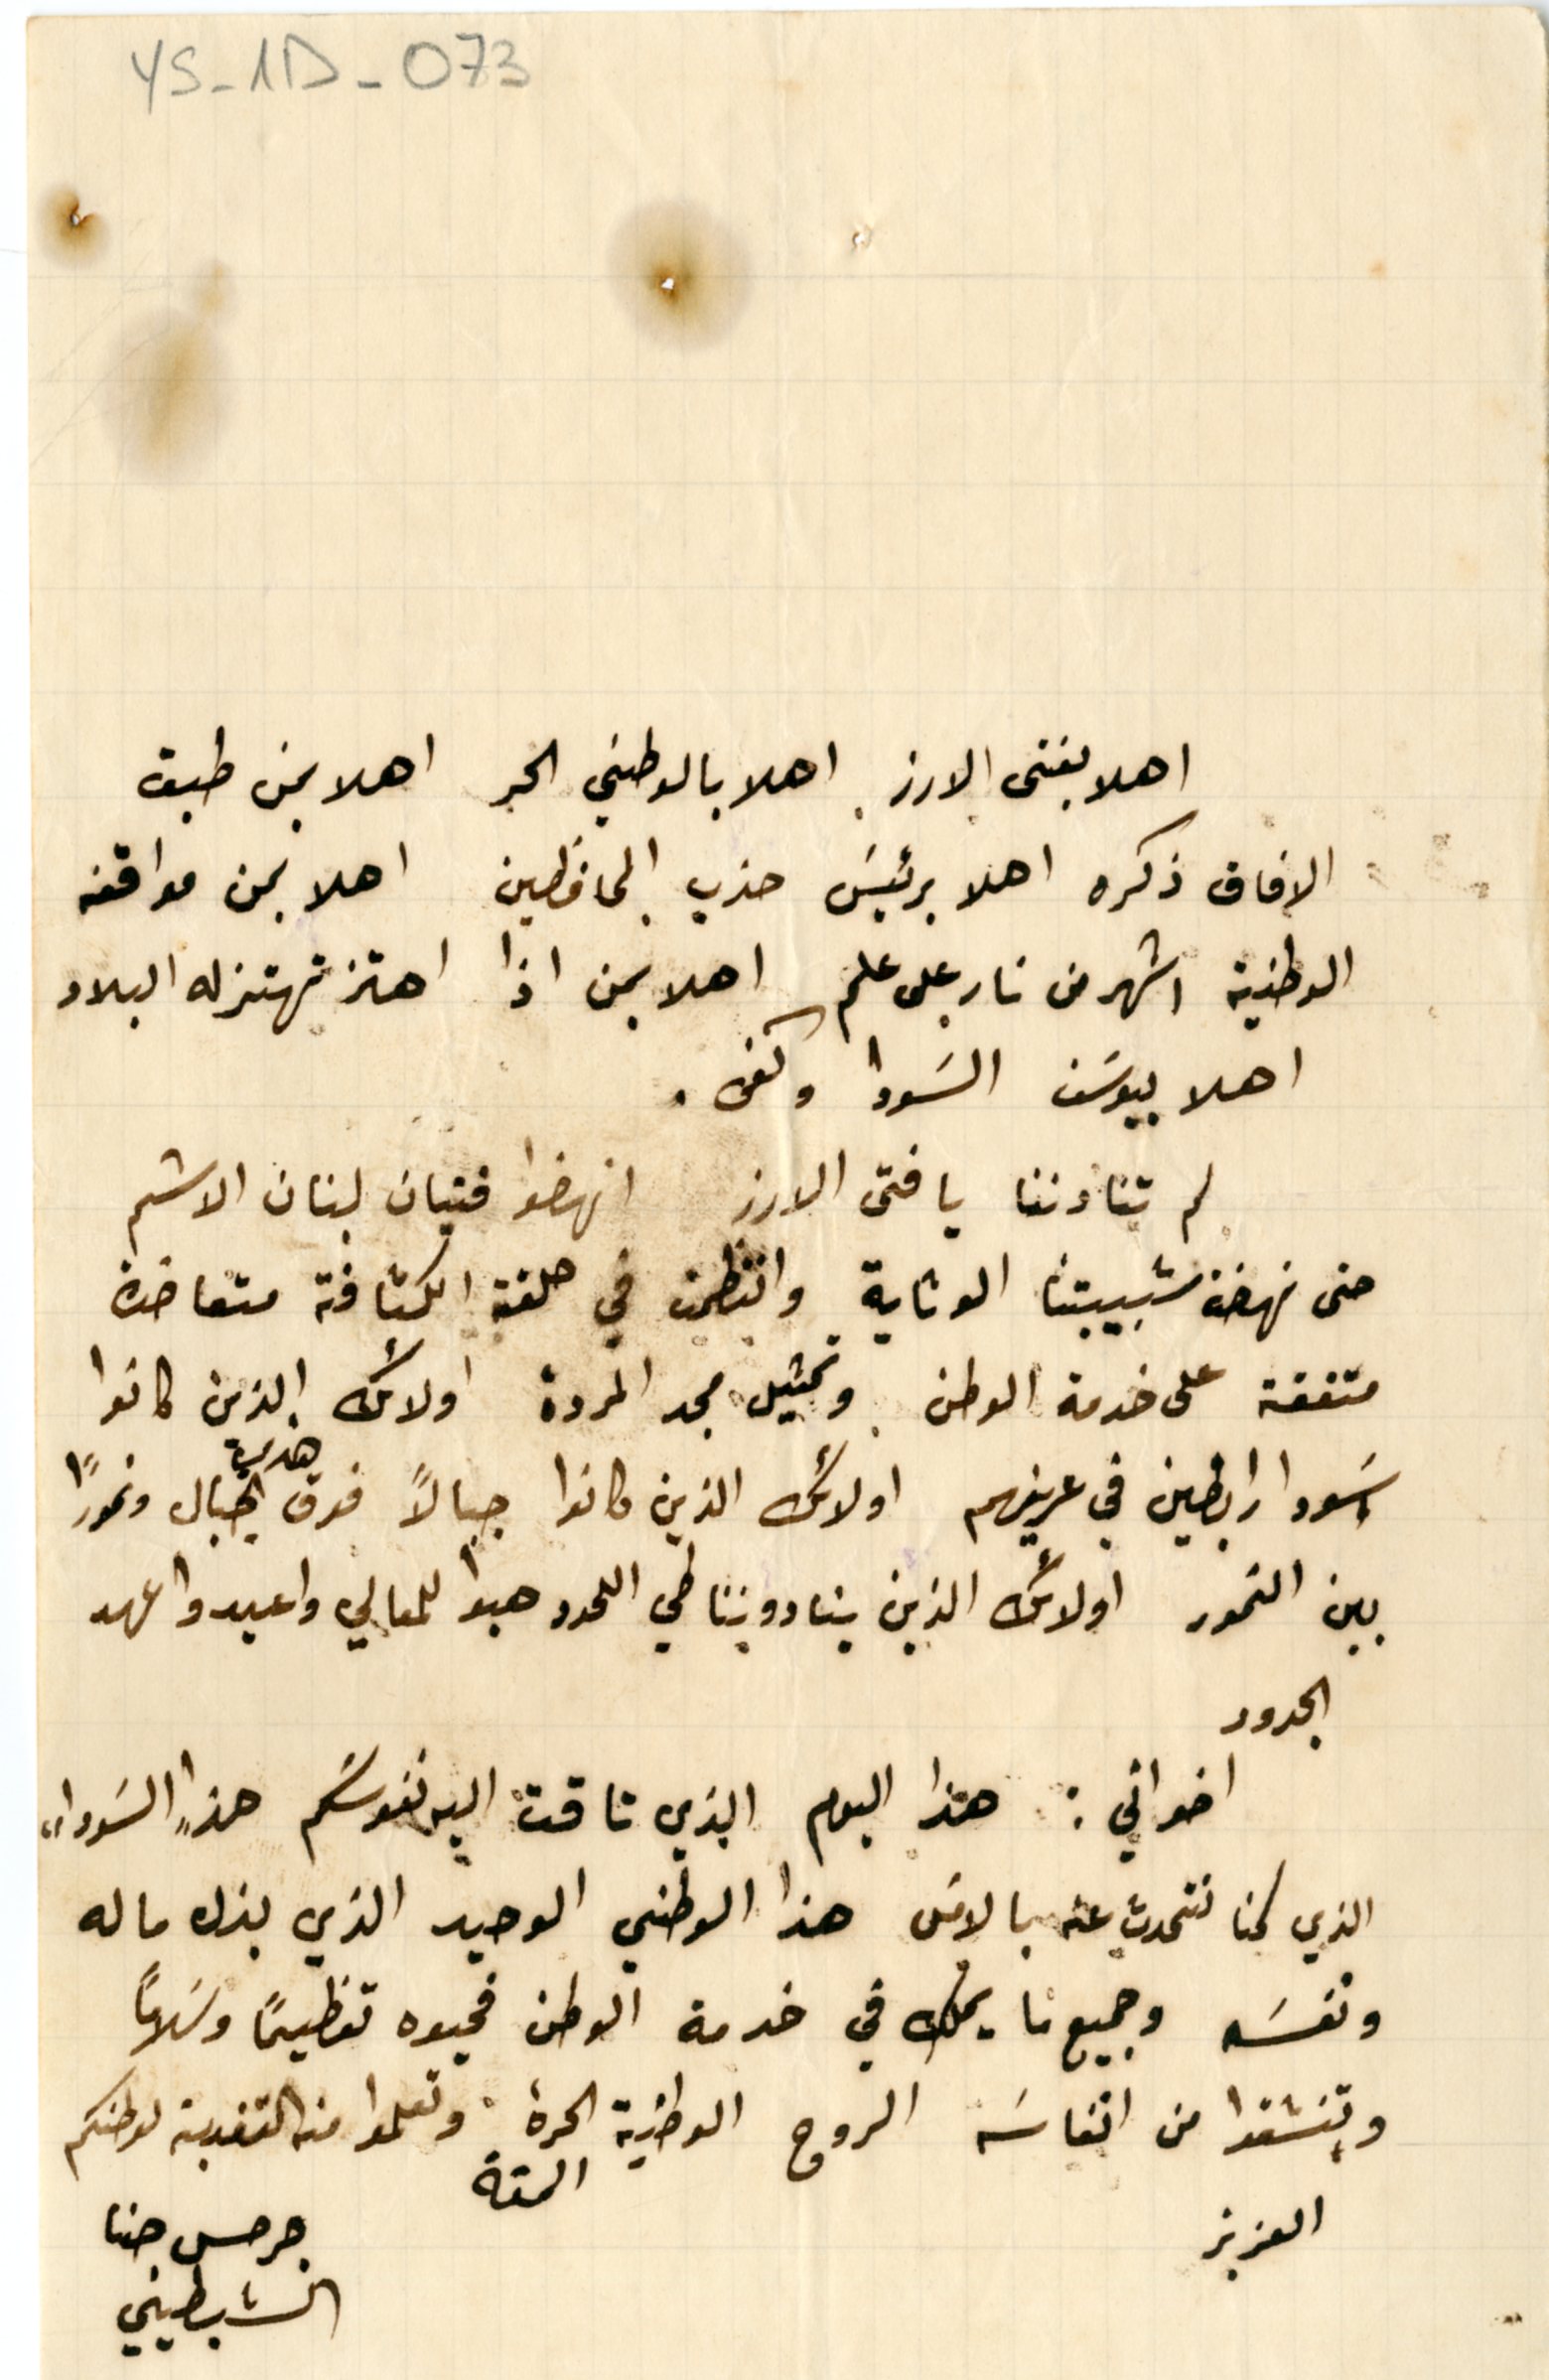
YS - 1D - 073
اهلا بفتى الارز اهلا بالوطني الحر اهلا بمن طبق
الافاق ذكره اهلا برئيسَ حزب المحافظين اهلا بمن مواقفه
الوطنية اشهر من نار على علم اهلا بمن اذا اهتز تهتز له البلاد
اهلا بيوسَف السَودا وكفى.
لم تنادننا يا فتى الارز انهضوا فتيان لبنان الاشم
حتى نهضة شبيبتنا الوثابة وانتظمت في حلقة الكشافة متعاضدة

متفقة على خدمة الوطن وتمثيل مجد المردة  اولائك الذين كانوا
اسَودا رابضين في عرينهم اولائك الذين كانوا جبالاً فوق هذي الجبال ونمورًا
بين النمور اولائك الذين ينادوننا في اللحدد هبوا للمعالي واعيدوا عهد
الجدود
اخواني: هذا اليوم الذي تاقت اليه نفوسَكم هذا "السوداء،
الذي كنا نتحدث عنه بالامسَ هذا الوطني الوحيد الذي بذل ماله
ونفسَه وجميع ما يملك في خدمة الوطن فحيوه تعظيمًا وسلامًا
وتنشقوا من انفاسَه الروح الوطنية الحرة وتعلموا من التفدية لوطنكم
العزيز
جرحس حنا
الشبطيني